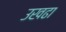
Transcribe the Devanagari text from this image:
उखढा